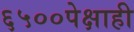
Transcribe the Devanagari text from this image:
६५००पेक्षाही